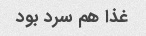
غذا هم سرد بود